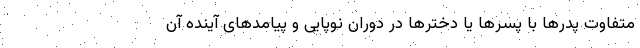
متفاوت پدرها با پسرها یا دخترها در دوران نوپایی و پیامدهای آینده آن